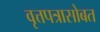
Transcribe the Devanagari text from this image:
वृत्तपत्रासोबत